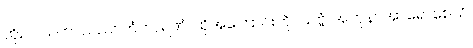
ထိုဥပါသကာသည်။ တံကာရဏံ၊ ထိုအကြောင်းကို။ သဗ္ဗံ၊ အကုန်။ အာရောစေသိ၊